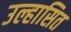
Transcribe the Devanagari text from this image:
उल्हासित